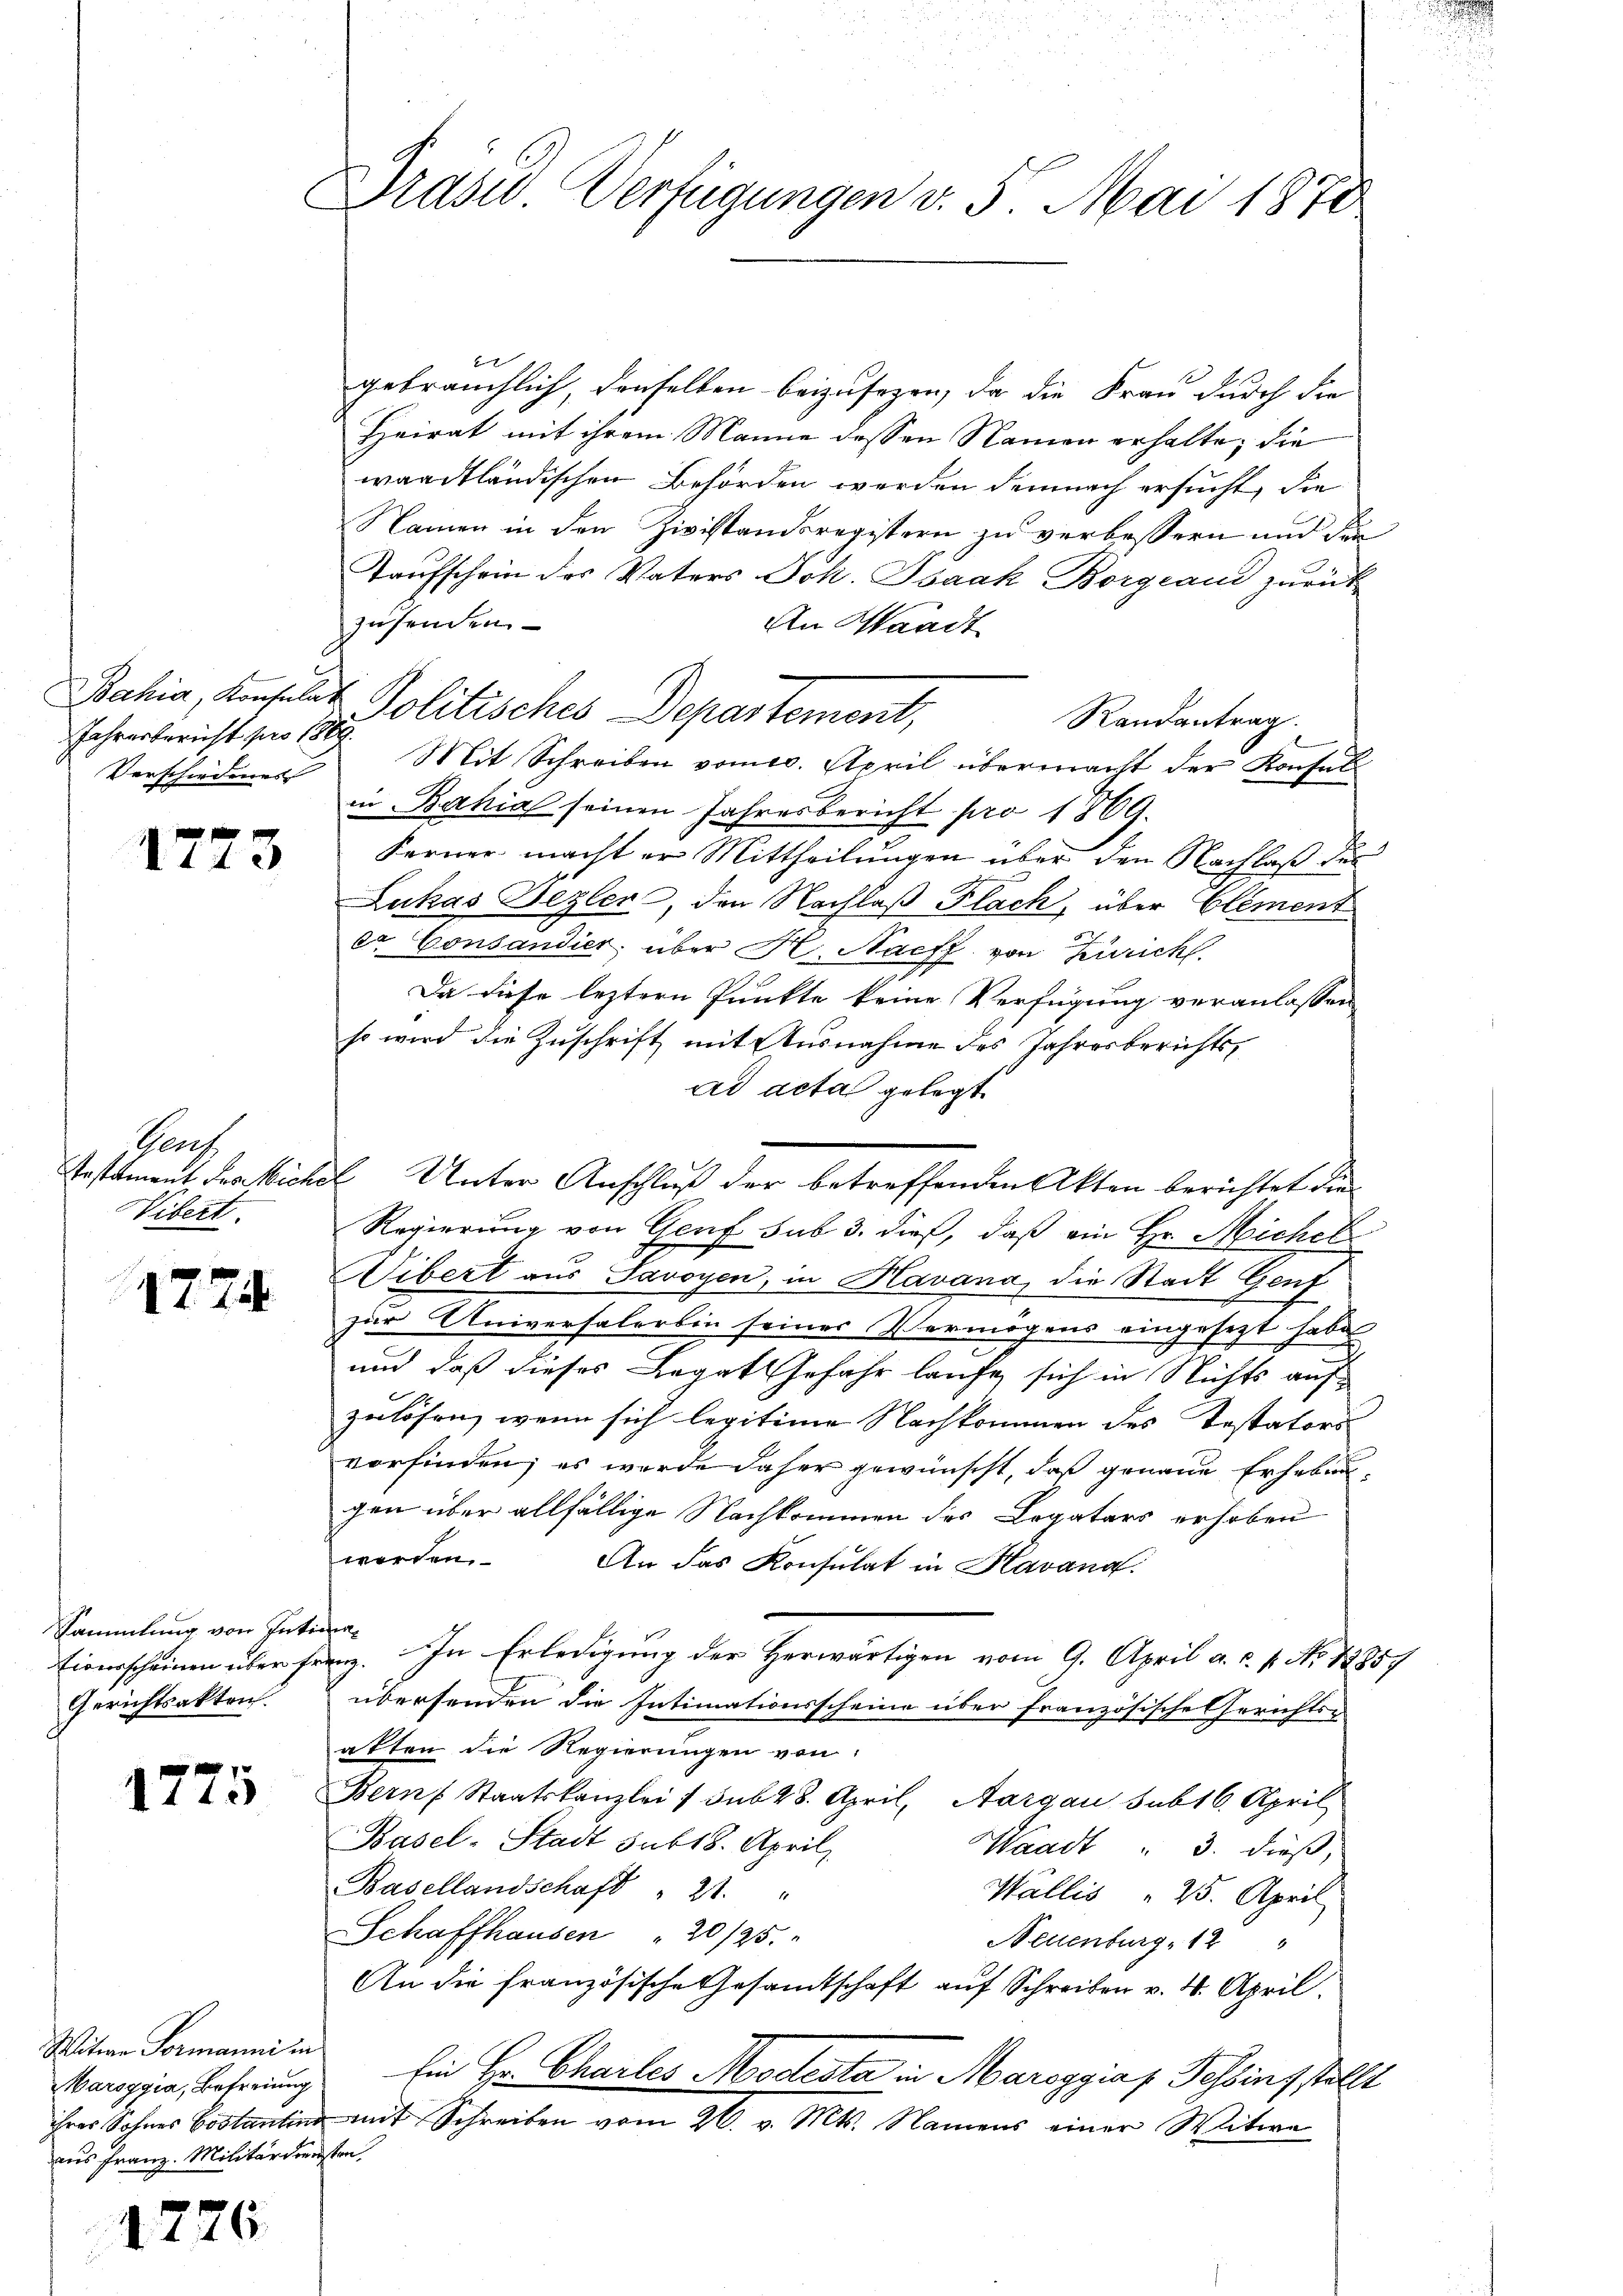
Jahresbericht pro 1889.
Verschiedenes

1773

Parth
Vibert.

1774.

Sammlung von Intima¬
Gerichtsakten.

17
140

Witwe Formanni in
Marsggia, Befreiung
aus Franz. Militärdiensten,

1726

Präsid. Verfügungen v. 5. Mai 1870

f
gebräuchlich, denselben beizusehen, da die Frau durch die
Heirat mit ihrem Manne dessen Namen erhalte, die
waadtländischen Behörden werden demnach ersucht, die
Namen in den Zivistandsregistern zu verbessern und den
Taufschein des Vaters Joh. Isaak Borgiand zurück
zusenden.
An Waadt
Randantrag.
Mit Schreiben vom 20. April übermacht der Konsul
in Bahia seinen Jahresbericht pro 1869.
Ferner macht er Mittheilungen über den Nachlaß der
Lukas Begler, den Nachlaß Flach, über Element
er Consandier, über H. Naeff von Zürich
Da diese leztern Punkte keine Verfügung veranlassen
so wird die Zuschrift mit Ausnahme des Jahresberichtsad acta gelegt
Testament des Michel Unter Anschluß der betreffenden Akten berichtet die¬
Regierung von Genf sub 3. dieß, daß ein Hr. Michel
Wibert aus Savoyen, in Havana, die Stadt Genf
zur Universalerbin seines Vermögens eingesezt habe
und daß dieses Legat Gefahr laufe sich in Nichts auf
zulösen, wenn sich legitime Nachkommen des Testators
vorfinden; es wurde daher gewünscht, daß genaue Erhebengen über allfällige Nachkommen des Legatars erhoben
worden.
An das Konsulat in Kavana
Einerscheinen über franz. In Erledigung der Herwärtigen vom 9. April a. c. p. No. 1885/
übersenden die Intimationsscheine über französische Gerichts-
akten die Regierungen von
Bern Staatskanzlei / sub 28. April, Aargau sub 16. April,
Basel-Stadt sub 18. April
Waadt " 3. dieß,
Basellandschaft 21. "
Wallis 25. April
Schaffhausen " 20/25.
Neuenburg, 12 "
An die französische Gesamtschaft auf Schreiben v. 4. April.
Ein Hr. Charles Modesta in Maroggia p. Tessingstellt
ihres Sohnes Costantin mit Schreiben vom 26. v. Mts. Namens einer Witwe

Bahia, Konsulat Politisches Departement,

.